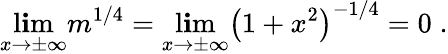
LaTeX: \operatorname*{l\mathbf{i}m}_{x\rightarrow\pm\infty}{m^{1/4}}=\operatorname*{l\mathbf{i}m}_{x\rightarrow\pm\infty}{\left(1+x^{2}\right)^{-1/4}}=0\; .